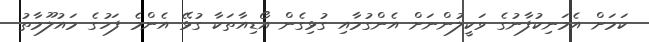
ކަމަށް އެމަނިކުފާނުގެ ވަކީލުންނަށް އެންގުމާއި ގުޅިގެން އޯޑިއާތަކާ ގުޅޭ އެންމެ ފަހުގެ މައުލޫމާތު